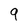
Character: 9